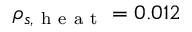
\rho _ { s , \mathrm { ~ h ~ e ~ a ~ t ~ } } = 0 . 0 1 2